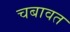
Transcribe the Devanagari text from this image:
चबावत